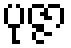
ပုဇ္ဇာ